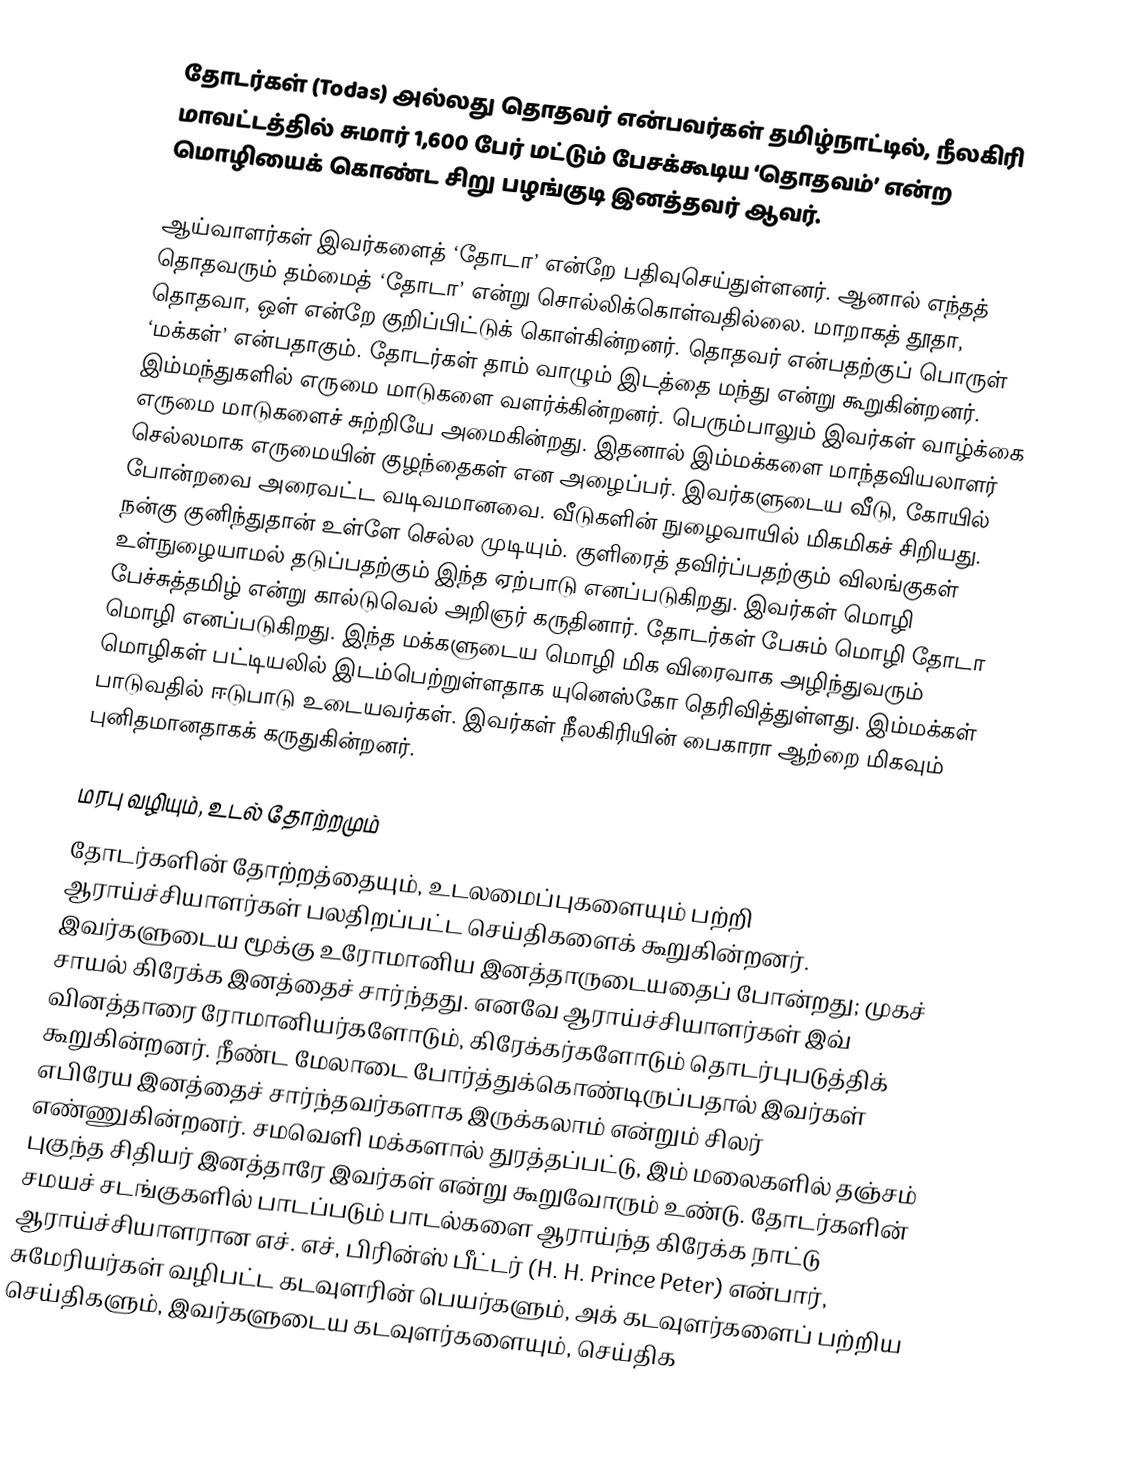
தோடர்கள் (Todas) அல்லது தொதவர் என்பவர்கள் தமிழ்நாட்டில், நீலகிரி மாவட்டத்தில் சுமார் 1,600 பேர் மட்டும் பேசக்கூடிய ‘தொதவம்’ என்ற மொழியைக் கொண்ட சிறு பழங்குடி இனத்தவர் ஆவர்.

ஆய்வாளர்கள் இவர்களைத் ‘தோடா’ என்றே பதிவுசெய்துள்ளனர். ஆனால் எந்தத் தொதவரும் தம்மைத் ‘தோடா’ என்று சொல்லிக்கொள்வதில்லை. மாறாகத் தூதா, தொதவா, ஒள் என்றே குறிப்பிட்டுக் கொள்கின்றனர். தொதவர் என்பதற்குப் பொருள் ‘மக்கள்’ என்பதாகும். தோடர்கள் தாம் வாழும் இடத்தை மந்து என்று கூறுகின்றனர். இம்மந்துகளில் எருமை மாடுகளை வளர்க்கின்றனர். பெரும்பாலும் இவர்கள் வாழ்க்கை எருமை மாடுகளைச் சுற்றியே அமைகின்றது. இதனால் இம்மக்களை மாந்தவியலாளர் செல்லமாக எருமையின் குழந்தைகள் என அழைப்பர். இவர்களுடைய வீடு, கோயில் போன்றவை அரைவட்ட வடிவமானவை. வீடுகளின் நுழைவாயில் மிகமிகச் சிறியது. நன்கு குனிந்துதான் உள்ளே செல்ல முடியும். குளிரைத் தவிர்ப்பதற்கும் விலங்குகள் உள்நுழையாமல் தடுப்பதற்கும் இந்த ஏற்பாடு எனப்படுகிறது. இவர்கள் மொழி பேச்சுத்தமிழ் என்று கால்டுவெல் அறிஞர் கருதினார். தோடர்கள் பேசும் மொழி தோடா மொழி எனப்படுகிறது. இந்த மக்களுடைய மொழி மிக விரைவாக அழிந்துவரும் மொழிகள் பட்டியலில் இடம்பெற்றுள்ளதாக யுனெஸ்கோ தெரிவித்துள்ளது. இம்மக்கள் பாடுவதில் ஈடுபாடு உடையவர்கள். இவர்கள் நீலகிரியின் பைகாரா ஆற்றை மிகவும் புனிதமானதாகக் கருதுகின்றனர்.

மரபு வழியும், உடல் தோற்றமும்
தோடர்களின் தோற்றத்தையும், உடலமைப்புகளையும் பற்றி ஆராய்ச்சியாளர்கள் பலதிறப்பட்ட செய்திகளைக் கூறுகின்றனர். இவர்களுடைய மூக்கு உரோமானிய இனத்தாருடையதைப் போன்றது; முகச் சாயல் கிரேக்க இனத்தைச் சார்ந்தது. எனவே ஆராய்ச்சியாளர்கள் இவ் வினத்தாரை ரோமானியர்களோடும், கிரேக்கர்களோடும் தொடர்புபடுத்திக் கூறுகின்றனர். நீண்ட மேலாடை போர்த்துக்கொண்டிருப்பதால் இவர்கள் எபிரேய இனத்தைச் சார்ந்தவர்களாக இருக்கலாம் என்றும் சிலர் எண்ணுகின்றனர். சமவெளி மக்களால் துரத்தப்பட்டு, இம் மலைகளில் தஞ்சம் புகுந்த சிதியர் இனத்தாரே இவர்கள் என்று கூறுவோரும் உண்டு. தோடர்களின் சமயச் சடங்குகளில் பாடப்படும் பாடல்களை ஆராய்ந்த கிரேக்க நாட்டு ஆராய்ச்சியாளரான எச். எச், பிரின்ஸ் பீட்டர் (H. H. Prince Peter) என்பார், சுமேரியர்கள் வழிபட்ட கடவுளரின் பெயர்களும், அக் கடவுளர்களைப் பற்றிய செய்திகளும், இவர்களுடைய கடவுளர்களையும், செய்திக